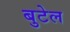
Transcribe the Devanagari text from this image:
बुटेल